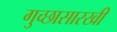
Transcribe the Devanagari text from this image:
गुच्छासारखी